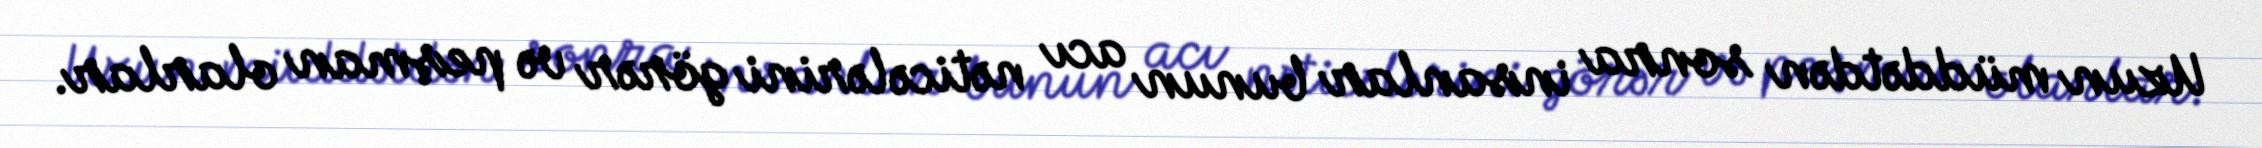
Uzun müddətdən sonra insanlar bunun acı nəticələrini görər və peşman olarlar.